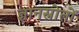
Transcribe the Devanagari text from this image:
ज्ञानस्रोतों